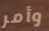
وأمر